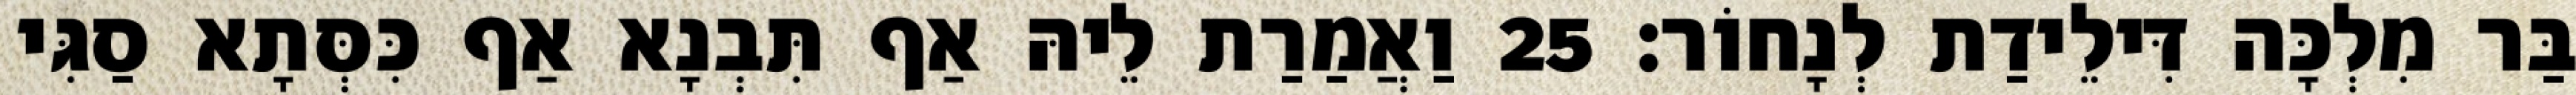
בַּר מִלְכָּה דִּילֵידַת לְנָחוֹר׃ 25 וַאֲמַרַת לֵיהּ אַף תִּבְנָא אַף כִּסְּתָא סַגִּי